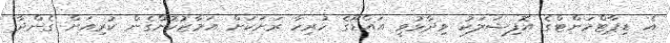
އެ ޑިޕާޓްމަންޓްގެ އޮފިޝަލަކު ވިދާޅުވީ އައްޑޫގެ ހުރިހާ ރަށަކަށް އަމާޒުކޮށްގެން ކުރިއަށް ގެންދާ